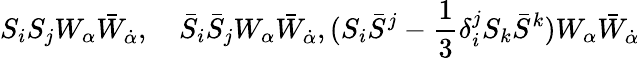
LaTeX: S_{i}S_{j}W_{\alpha}\bar{W}_{\dot{\alpha}},\quad\bar{S}_{i}\bar{S}_{j}W_{\alpha}\bar{W}_{\dot{\alpha}},(S_{i}\bar{S}^{j}-{\frac{1}{3}}\delta_{i}^{j}S_{k}\bar{S}^{k})W_{\alpha}\bar{W}_{\dot{\alpha}}